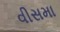
વીસમા